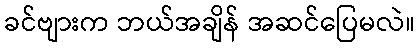
ခင်ဗျားက ဘယ်အချိန် အဆင်ပြေမလဲ။